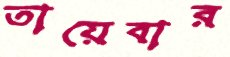
তায়েবার